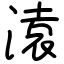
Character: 溒